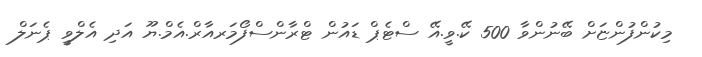
މިކުންފުންޏަށް ބޭނުންވާ 500 ކޭ.ވީ.އޭ ސްޓެޕް ޑައުން ޓްރާންސްފޯމަރއާރް.އެމް.ޔޫ އަދި އެލްވީ ޕެނަލް